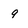
Character: 9